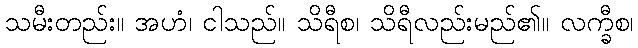
သမီးတည်း။ အဟံ၊ ငါသည်။ သိရီစ၊ သိရီလည်းမည်၏။ လက္ခီစ၊